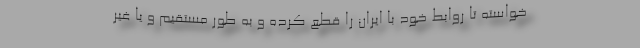
خواسته تا روابط خود با ایران را قطع کرده و به طور مستقیم و یا غیر